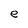
Character: e